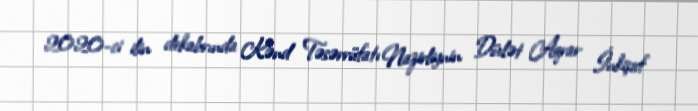
2020-ci ilin dekabrında Kənd Təsərrüfatı Nazirliynin Dövlət Aqrar İnkişaf